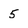
Character: 5